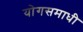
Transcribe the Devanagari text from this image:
योगसमाधी